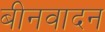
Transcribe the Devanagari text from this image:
बीनवादन